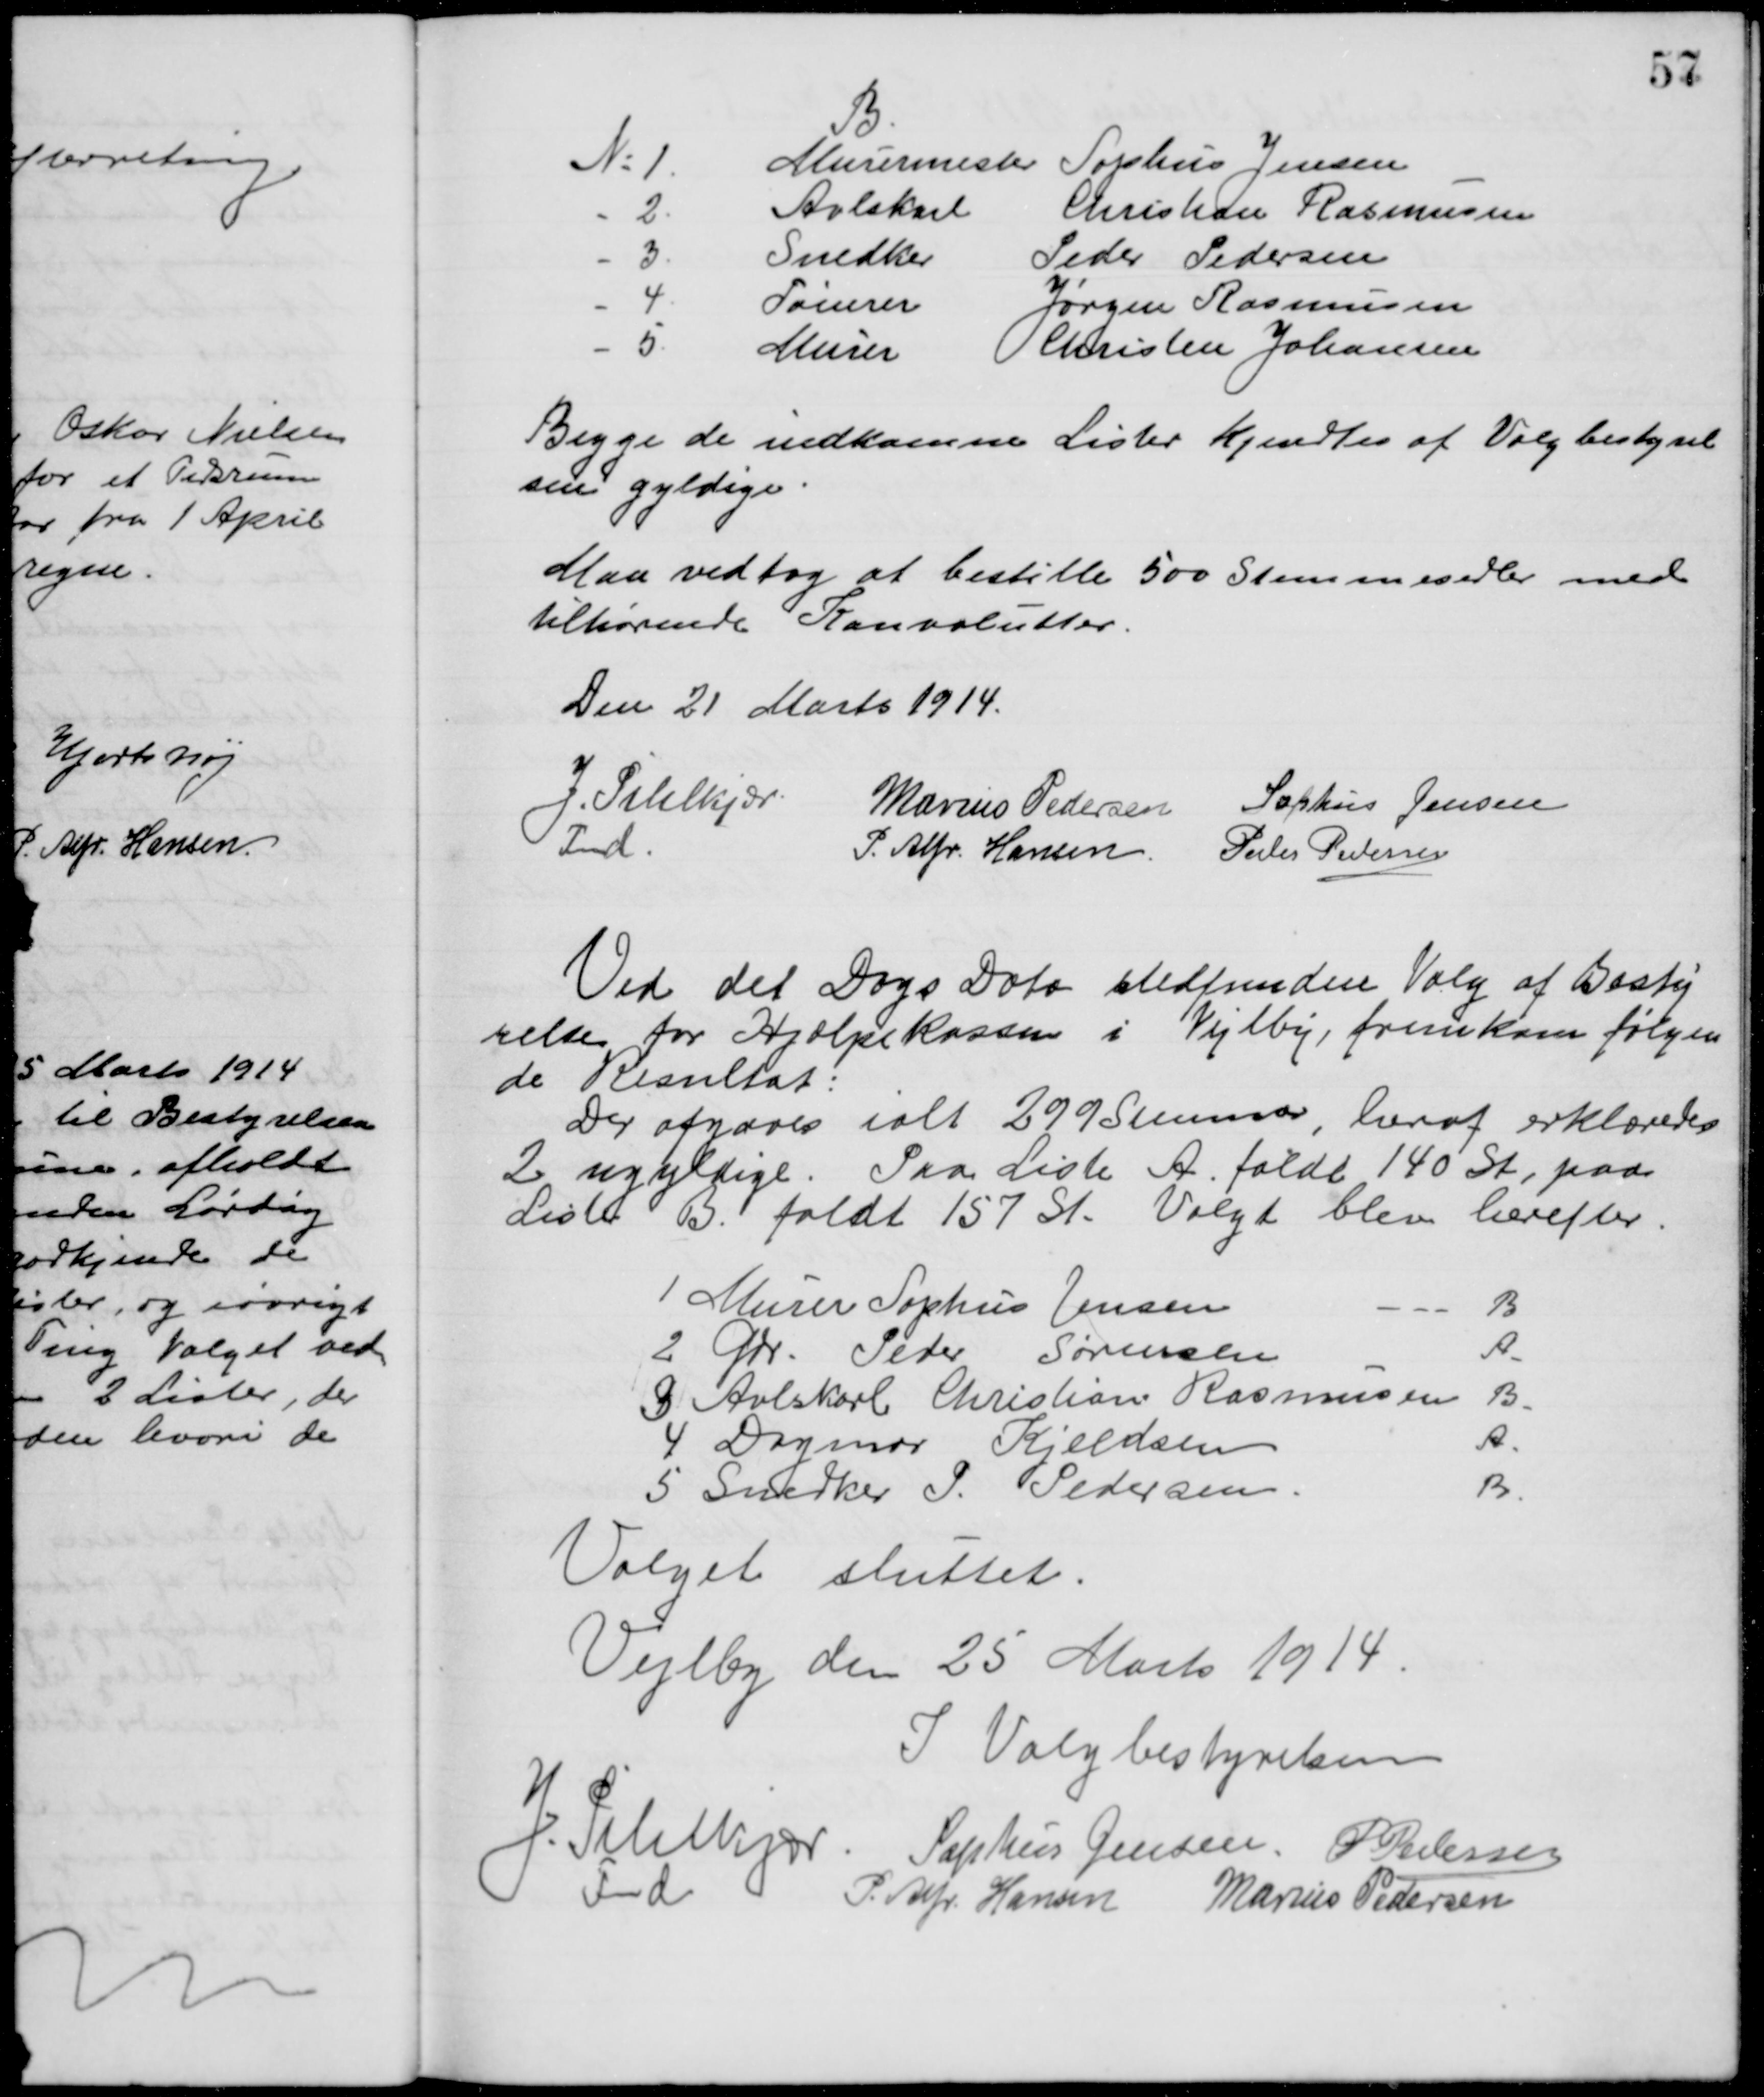
Transskription:
B.
№ 1.
Murermester Sophus Jensen
2.
Avlskarl
Christian Rasmussen
3.
Snedker
Peder Pedersen
4
Tømrer
Jørgen Rasmussen
5.
Murer
Christen Johansen
Begge de indkomne Lister kjendtes af Valgbestyrel
sen gyldige
Man vedtog at bestille 500 Stemmesedler med
tilhørende Konvolutter.
Den 21 Marts 1914.
J. Pihlkjær
Fmd.
Marius Pedersen Sophus Jensen
P. Alfr. Hansen Peder Pedersen
Ved det Dags Dato stedfundne Valg af Besty
relse for Hjælpekassen i Vejlby, fremkom følgen
de Resultat:
Der afgaves ialt 299 Stemmer, heraf erklæredes
2 ugyldige. Paa Liste A. faldt 140 St., paa
Liste B faldt 157 St. Valgt blev herefter.
1 Murer Sophus Jensen
B
2 Gdr. Peter Sørensen
A.
3 Avlskarl Christian Rasmussen
B.
4 Dagmar Kieldsen
A.
5 Snedker P. Pedersen.
B.
Valget sluttet.
Vejlby den 25 Marts 1914.
I Valgbestyrelsen
J. Pihlkjær
Fmd
Sophus Jensen P Pedersen
P. Alfr. Hansen Marius Pedersen